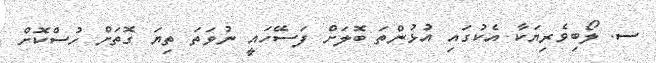
ސ. ލޯބިވެރިޔަކާ އެކުގައި އުޅުންތަ ބޮލަށް ފަސޭހައީ ނުވަތަ ތިޔަ ގޮތަށް ހުސްކޮށް